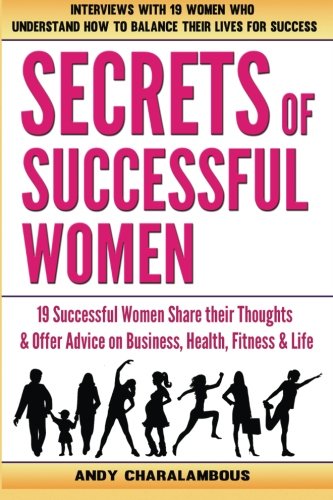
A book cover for Secrets Of Successful Women: 19 Women Share their Thoughts on Business, Health, Fitness & Life; Andy Charalambous; Business & Money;